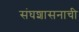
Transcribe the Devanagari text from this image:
संघशासनाची